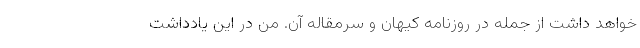
خواهد داشت از جمله در روزنامه کیهان و سرمقاله آن. من در این یادداشت